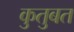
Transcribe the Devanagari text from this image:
कुतुबत